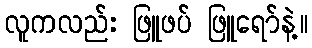
လူကလည်း ဖြူဖပ် ဖြူရော်နဲ့။